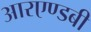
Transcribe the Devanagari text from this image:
आरएण्डबी